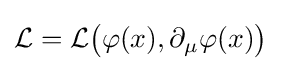
{\mathcal {L}}={\mathcal {L}}{\big (}\varphi (x),\partial _{\mu }\varphi (x){\big )}